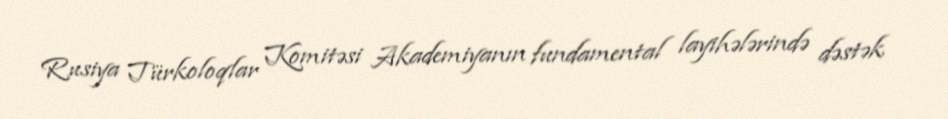
Rusiya Türkoloqlar Komitəsi Akademiyanın fundamental layihələrində dəstək